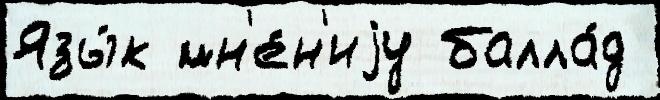
Язы́к мн'е́н'иjу балла́д